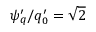
{ \psi } _ { q } ^ { \prime } / q _ { 0 } ^ { \prime } = \sqrt { 2 }